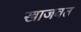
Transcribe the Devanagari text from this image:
खाजवत